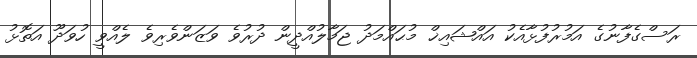
ރަސްގެފާނުގެ އަމުރުފުޅާއެކު އައްޝައިޚް މުޙައްމަދު ޖަމާލުއްދީން ދުރުވެ ވަޒަންވެރިވެ ލެއްވީ ހުވަދޫ އަތޮޅު